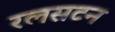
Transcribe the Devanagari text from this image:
रलसटन